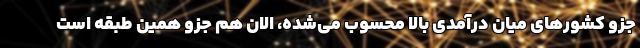
جزو کشورهای میان درآمدی بالا محسوب می‌شده، الان هم جزو همین طبقه است